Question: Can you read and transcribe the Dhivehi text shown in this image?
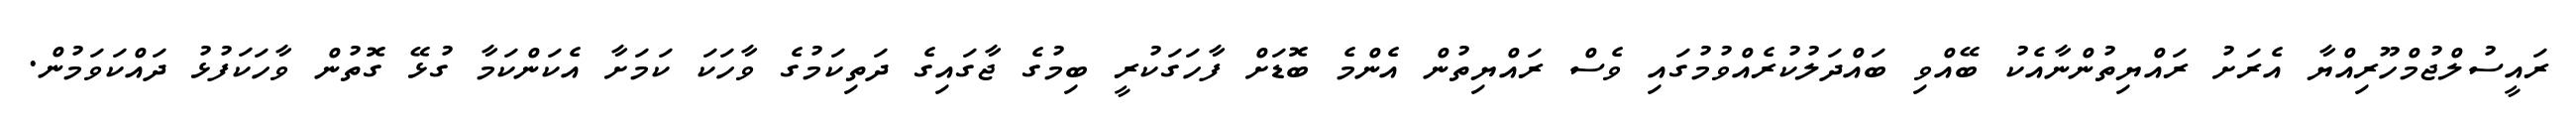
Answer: ރައީސުލްޖުމްހޫރިއްޔާ އެރަށު ރައްޔިތުންނާއެކު ބޭއްވި ބައްދަލުކުރެއްވުމުގައި ވެސް ރައްޔިތުން އެންމެ ބޮޑަށް ފާހަގަކުރީ ބިމުގެ ޖާގައިގެ ދަތިކަމުގެ ވާހަކަ ކަމަށާ އެކަންކަމާ ގުޅޭ ގޮތުން ވާހަކަފުޅު ދައްކަވަމުން.